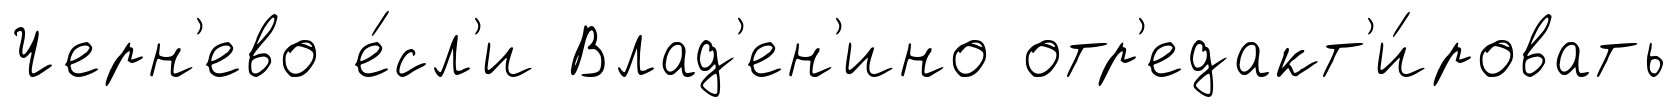
Черн'ево е́сл'и Влад'ен'ино отр'едакт'и́ровать